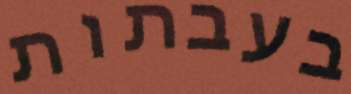
בעבתות